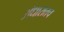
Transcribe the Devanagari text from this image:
अंधारातच